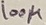
Text: 100µ